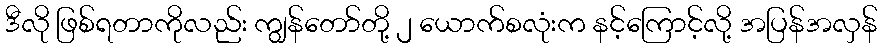
ဒီလို ဖြစ်ရတာကိုလည်း ကျွန်တော်တို့ ၂ ယောက်စလုံးက နင့်ကြောင့်လို့ အပြန်အလှန်